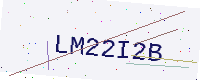
Text: LM22I2B